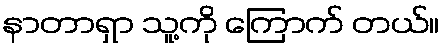
နာတာရှာ သူ့ကို ကြောက် တယ်။